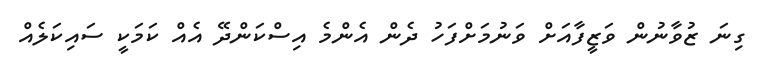
ގިނަ ޒުވާނުން ވަޒީފާއަށް ވަނުމަށްފަހު ދެން އެންމެ އިސްކަންދޭ އެއް ކަމަކީ ސައިކަލެއް